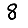
Digit: 8